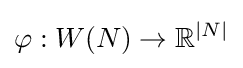
\varphi :W(N)\rightarrow \mathbb {R} ^{|N|}